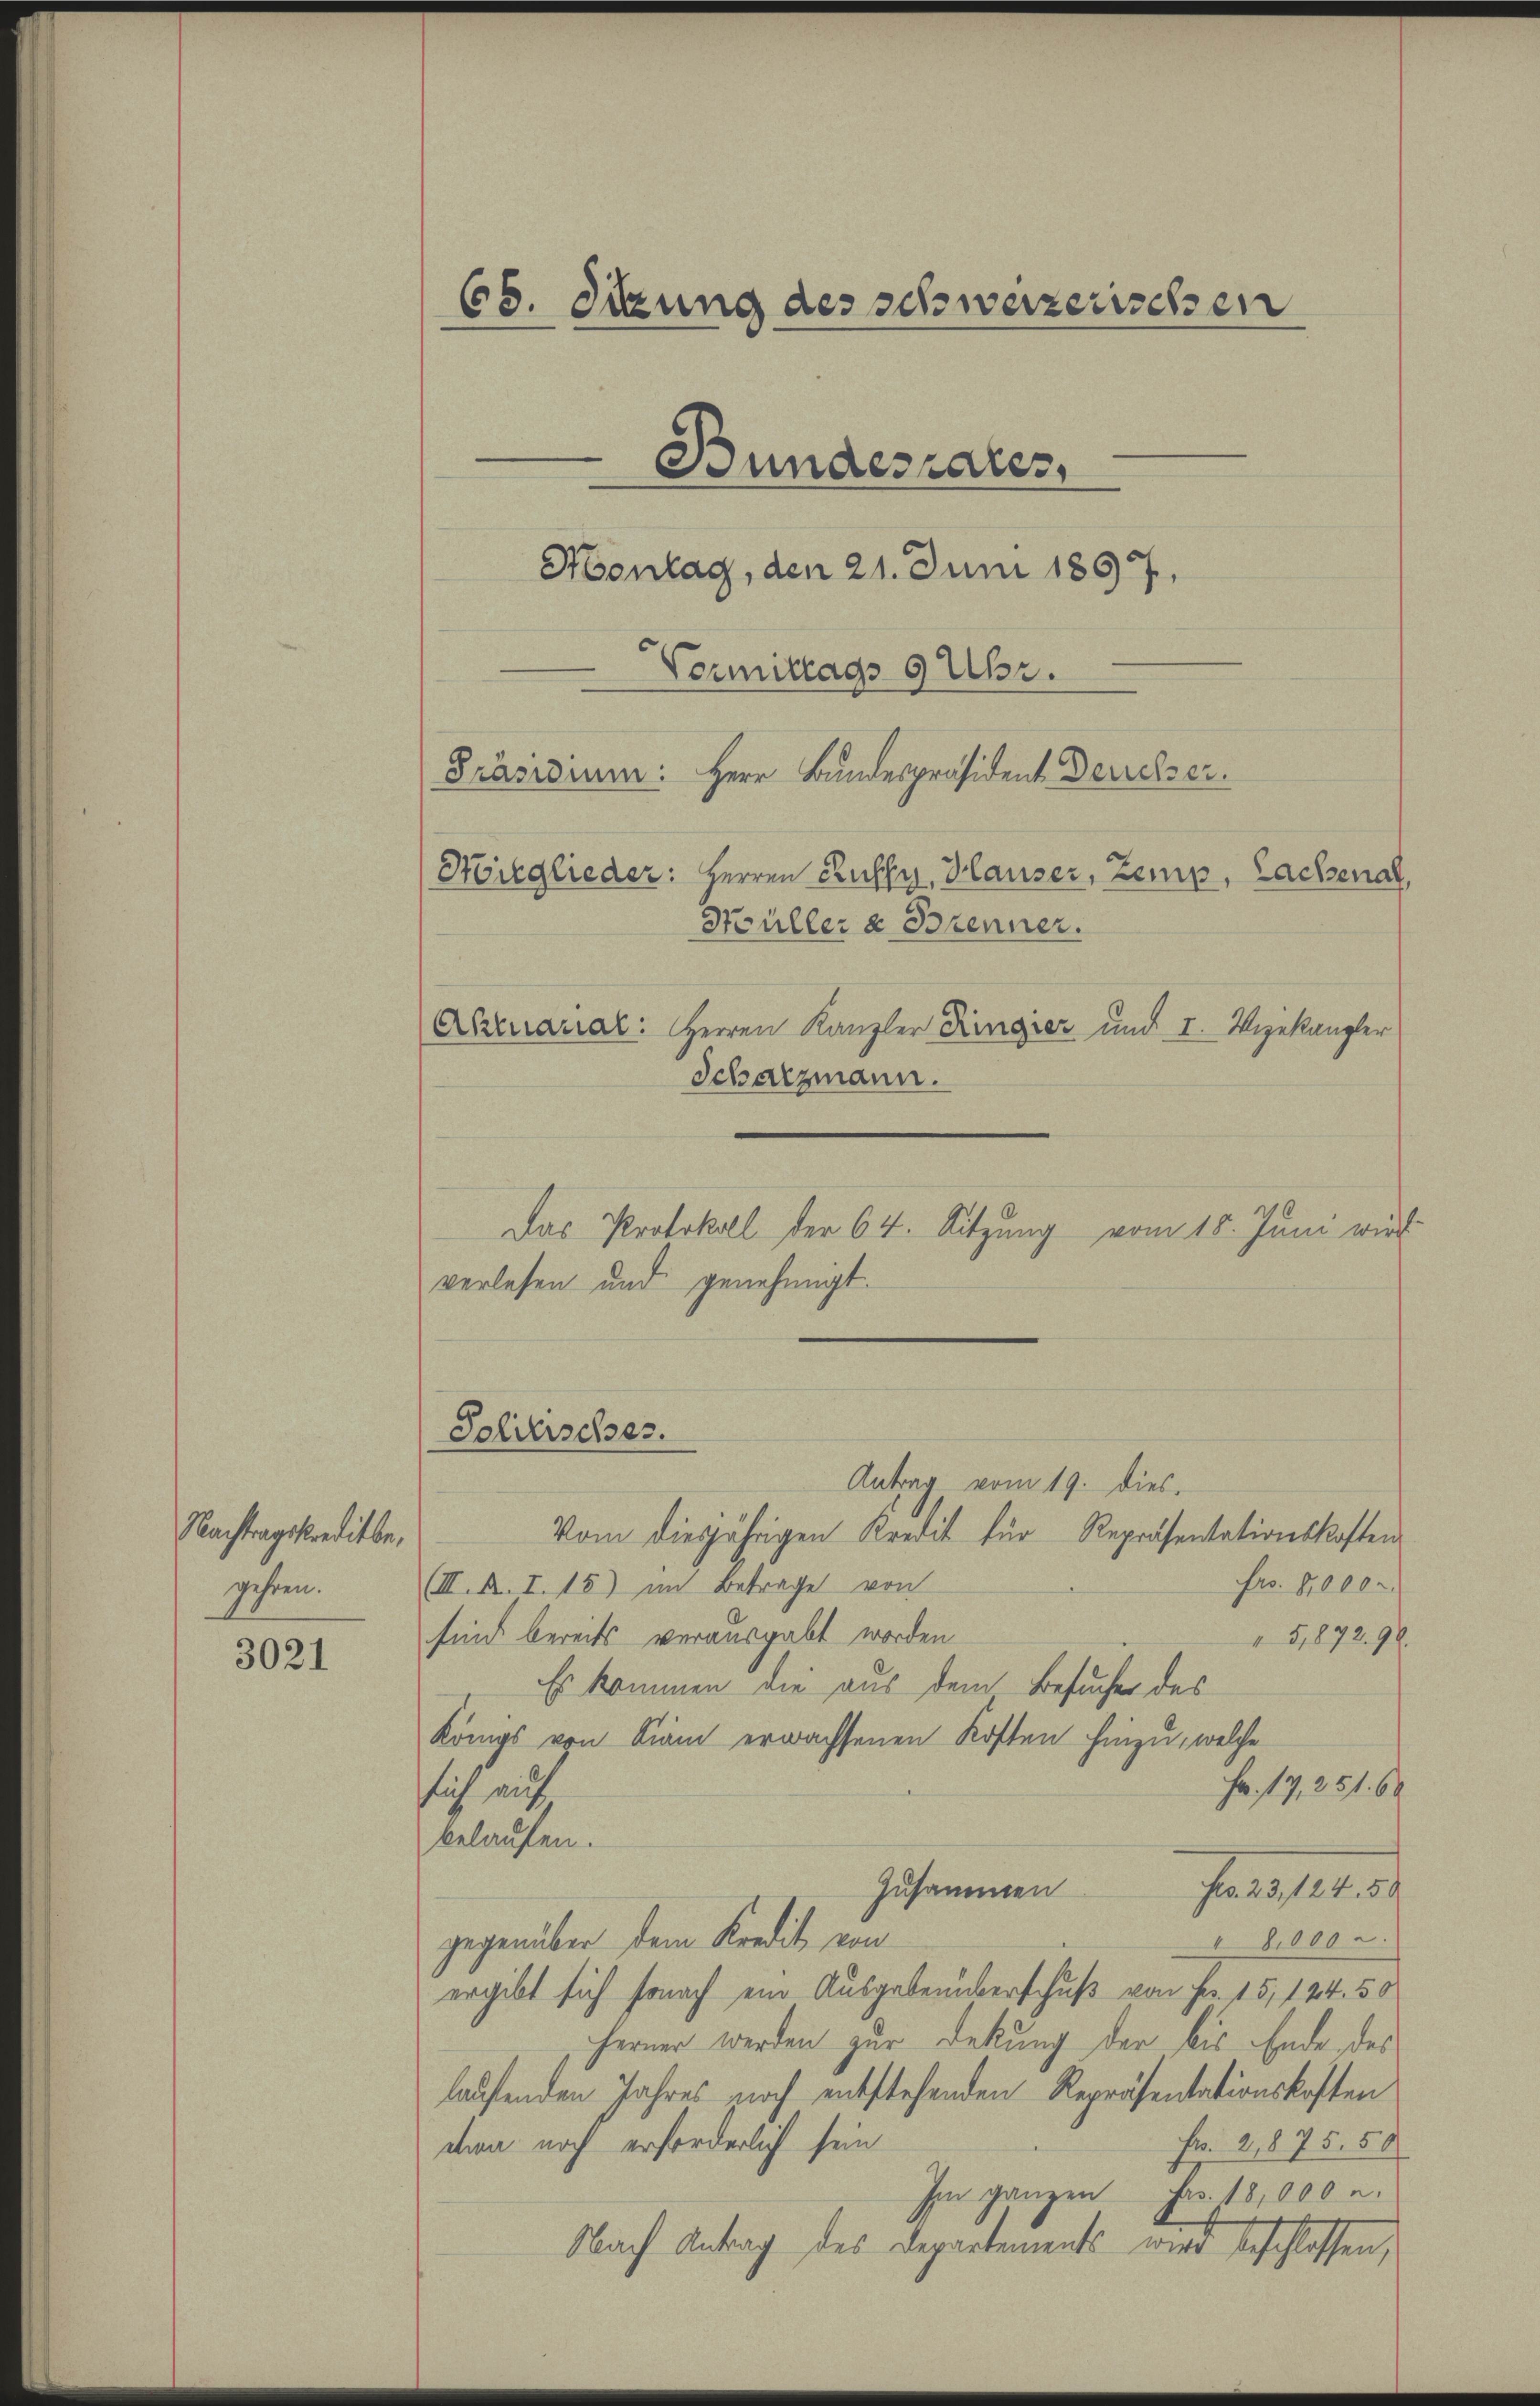
Nachtragskreditbegehren.

3021

65. Sitzung des schweizerischen
e
Bundesrates,
Montag, den 21. Juni 1867.
Vormittags 9 Uhr.
Präsidium: Herr Bundespräsident Deucher.
Hirglieder: Herren Ruffy, Hauser, Zemp, Lachenal,
Hüller u Bokenner.
Auarial: Herren Kanzler Ringier und I. Vizekanzler
Schatzmann.
Das Protokoll der 64. Sitzung vom 18. Juni wird

verlesen und genehmigt.

Schilisches.

Antrag vom 19. dies.
Vom diesjährigen Kredit für Repräsentationskosten
Frs. 1000
(III. R. I. 15) am Betrage von
sind bereits verausgabt worden
5,892. 90.
Es kommen die aus dem Besucher des
Königs von Kam erwachsenen Kosten hinzu, welche
Fr. 17, 251. 60
sich auf
belaufen.
zusammen
ase 141.
8,000 c.
gegenüber dem Kredit von
ergibt sich sonach ein Ausgaben überschuß von Fr. 15, 124. 50
ferner werden zur Deckung der bis Ende des
laufenden Jahres noch entstehenden Repräsentationskosten
don noch erforderlich sein
Fr. 2875. 50
Im ganzen Fr. 18,000 u.
Nach Antrag des Departements und beschlossen,